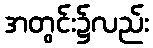
အတွင်း၌လည်း